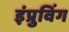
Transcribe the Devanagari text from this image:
इंप्रुविंग